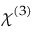
\chi ^ { ( 3 ) }